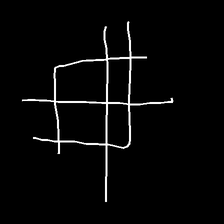
Glyph: crystal